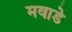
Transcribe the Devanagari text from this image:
मवाडे